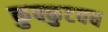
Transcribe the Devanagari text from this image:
कुक्कुटवध